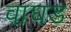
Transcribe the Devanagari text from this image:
वाघड